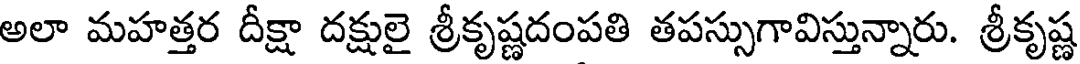
అలా మహత్తర దీక్షా దక్షులై శ్రీకృష్ణదంపతి తపస్సుగావిస్తున్నారు. శ్రీకృష్ణ